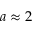
a \approx 2